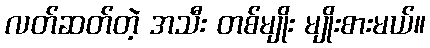
လတ်ဆတ်တဲ့ အသီး တစ်မျိုး မျိုးစားမယ်။